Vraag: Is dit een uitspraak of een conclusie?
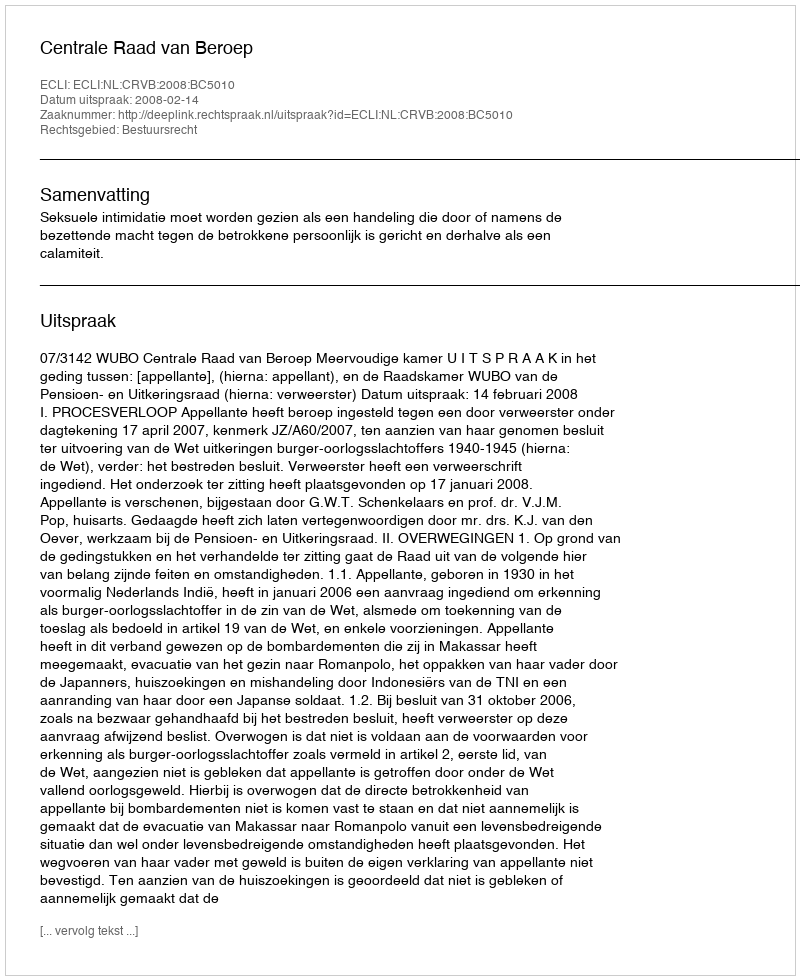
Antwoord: Uitspraak